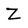
Character: Z